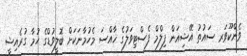
ވެންކޫވަރ ސައުތު އޭޝިއަން ފިލްމް ފެސްޓިވަލުގެ ޚާއްސަ މެހުމާނަކަށް ބޮލީވުޑްގެ ހުމާ ގުރެއިޝީ